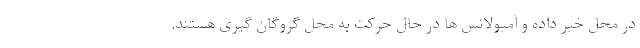
در محل خبر داده و آمبولانس ها در حال حرکت به محل گروگان گیری هستند.